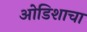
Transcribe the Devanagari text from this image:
ओडिशाचा